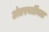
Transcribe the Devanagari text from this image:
अंतरवर्टीबल